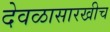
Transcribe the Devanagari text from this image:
देवळासारखीच